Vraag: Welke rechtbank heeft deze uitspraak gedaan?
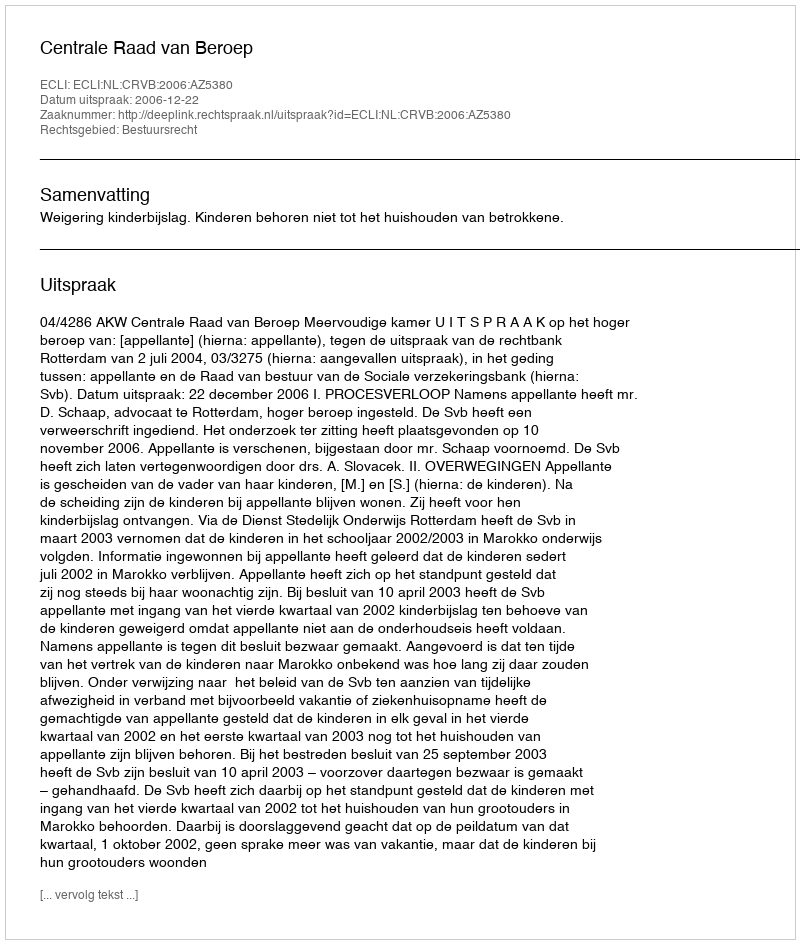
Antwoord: Centrale Raad van Beroep